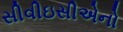
સીવીઇસીએનો